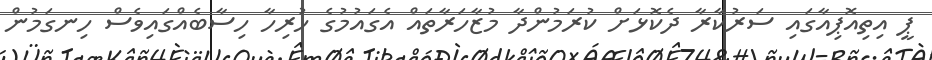
ޕީ އިތިއޮޕިއާގައި ސަރުކާރާ ދެކޮޅަށް ކުރަމުންދާ މުޒާހަރާތައް އެގައުމުގެ ހުރިހާ ހިސާބެއްގައިވެސް ހިނގަމުން